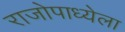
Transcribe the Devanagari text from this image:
राजोपाध्येला